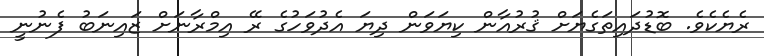
ރެޔެކެވެ. ބޮޑުދައިތަގެޔަށް ޤުރުއާން ކިޔަވަން ދިޔަ އެދުވަހުގެ ރޭ އިމްރާނަށް ޒައިނަބު ފެނުނީ